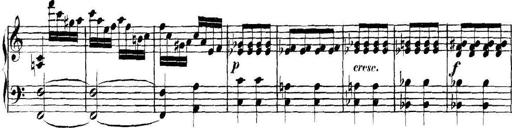
Title: Collected Piano Sonatas
Composer: Muzio Clementi